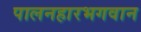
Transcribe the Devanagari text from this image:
पालनहारभगवान